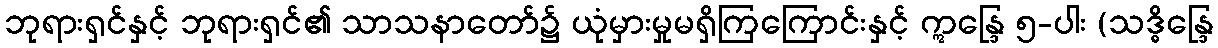
ဘုရားရှင်နှင့် ဘုရားရှင်၏ သာသနာတော်၌ ယုံမှားမှုမရှိကြကြောင်းနှင့် ဣန္ဒြေ ၅-ပါး (သဒ္ဓိန္ဒြေ